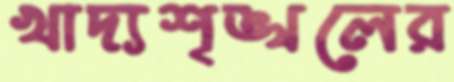
খাদ্যশৃঙ্খলের